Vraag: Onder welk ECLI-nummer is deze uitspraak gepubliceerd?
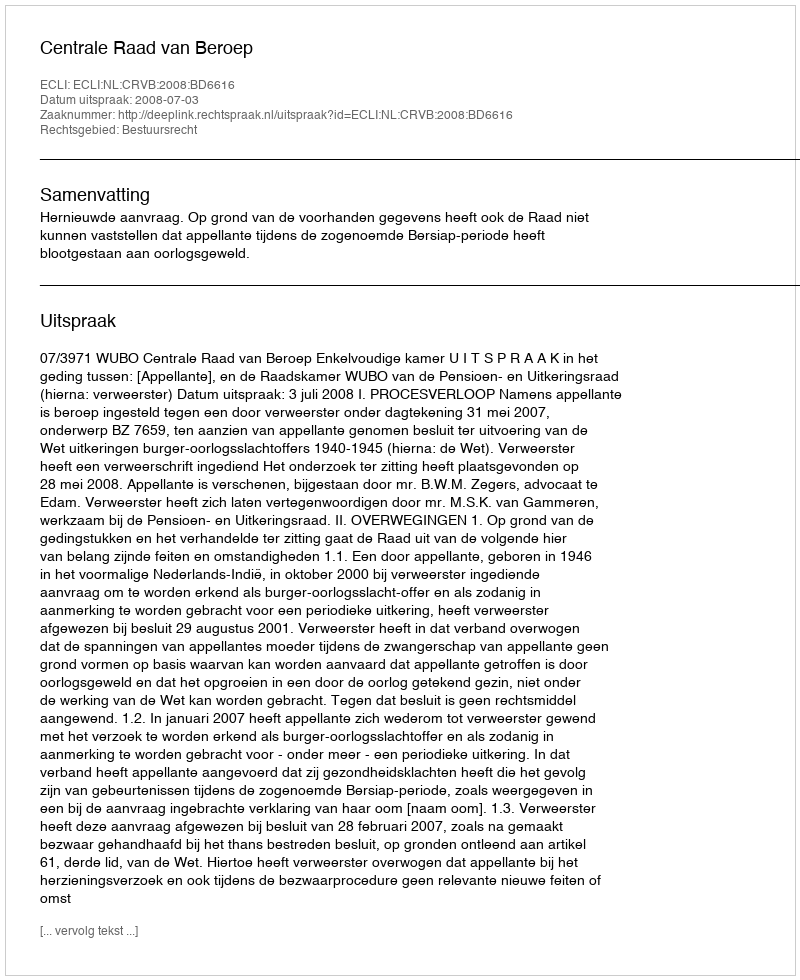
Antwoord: ECLI:NL:CRVB:2008:BD6616